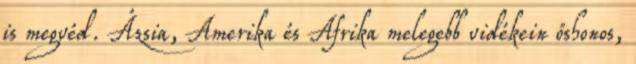
is megvéd. Ázsia, Amerika és Afrika melegebb vidékein őshonos,